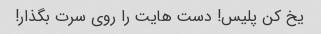
یخ کن پلیس! دست هایت را روی سرت بگذار!